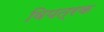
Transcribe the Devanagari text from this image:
विपत्रक